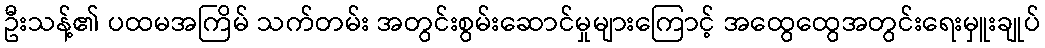
ဦးသန့်၏ ပထမအကြိမ် သက်တမ်း အတွင်းစွမ်းဆောင်မှုများကြောင့် အထွေထွေအတွင်းရေးမှူးချုပ်